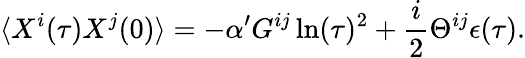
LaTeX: \langle X^{i}(\tau)X^{j}(0)\rangle=-\alpha^{\prime}G^{ij}\ln(\tau)^{2}+\frac{i}{2}\Theta^{ij}\epsilon(\tau).